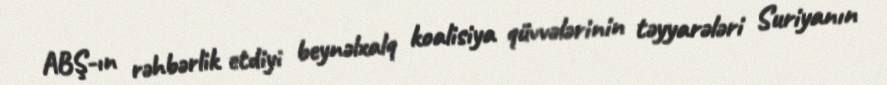
ABŞ-ın rəhbərlik etdiyi beynəlxalq koalisiya qüvvələrinin təyyarələri Suriyanın